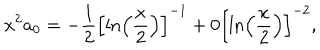
x ^ { 2 } a _ { 0 } = - \displaystyle \frac { 1 } { 2 } \left[ \ln \left( \displaystyle \frac { x } { 2 } \right) \right] ^ { - 1 } + 0 \left[ \ln \left( \displaystyle \frac { x } { 2 } \right) \right] ^ { - 2 } ,